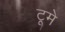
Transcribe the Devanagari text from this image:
टूमे